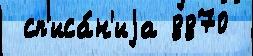
 сп'иса́н'иjа 8870